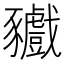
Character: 𧲘